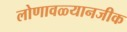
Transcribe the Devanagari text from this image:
लोणावळ्यानजीक